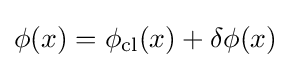
\phi (x)=\phi _{\text{cl}}(x)+\delta \phi (x)